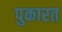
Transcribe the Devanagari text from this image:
पुकारत